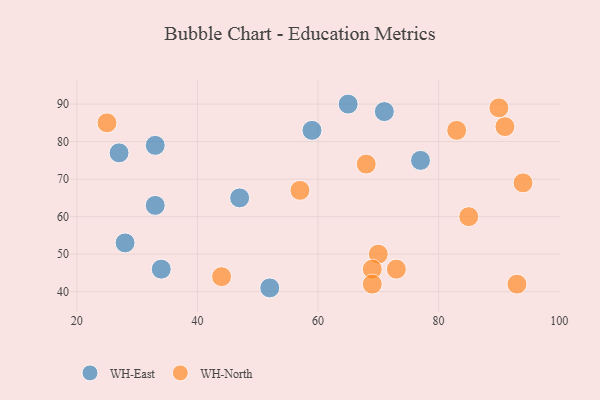
{"axis": {"x": "GDP", "y": "Life Expectancy"}, "legend": ["WH-East", "WH-North"], "data": [{"x": "59", "y": 83, "type": "WH-East"}, {"x": "65", "y": 90, "type": "WH-East"}, {"x": "27", "y": 77, "type": "WH-East"}, {"x": "33", "y": 63, "type": "WH-East"}, {"x": "28", "y": 53, "type": "WH-East"}, {"x": "77", "y": 75, "type": "WH-East"}, {"x": "52", "y": 41, "type": "WH-East"}, {"x": "47", "y": 65, "type": "WH-East"}, {"x": "71", "y": 88, "type": "WH-East"}, {"x": "33", "y": 79, "type": "WH-East"}, {"x": "34", "y": 46, "type": "WH-East"}, {"x": "94", "y": 69, "type": "WH-North"}, {"x": "70", "y": 50, "type": "WH-North"}, {"x": "91", "y": 84, "type": "WH-North"}, {"x": "85", "y": 60, "type": "WH-North"}, {"x": "93", "y": 42, "type": "WH-North"}, {"x": "25", "y": 85, "type": "WH-North"}, {"x": "69", "y": 46, "type": "WH-North"}, {"x": "44", "y": 44, "type": "WH-North"}, {"x": "57", "y": 67, "type": "WH-North"}, {"x": "73", "y": 46, "type": "WH-North"}, {"x": "83", "y": 83, "type": "WH-North"}, {"x": "69", "y": 42, "type": "WH-North"}, {"x": "68", "y": 74, "type": "WH-North"}, {"x": "90", "y": 89, "type": "WH-North"}]}